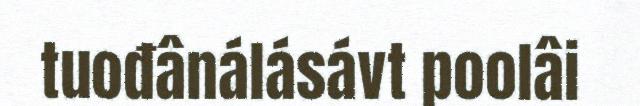
tuođânálásávt poolâi